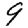
Digit: 9